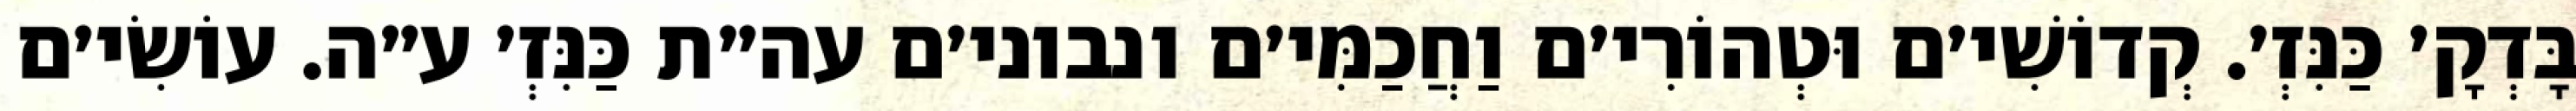
בָּדְקָ׳ כַּנִּזְ׳. קְדוֹשִׁי׳ם וּטְהוֹרִי׳ם וַחֲכַמִּי׳ם ונבוני׳ם עה״ת כַּנִּזְ׳ ע״ה. עוֹשִׂי׳ם